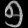
Digit: ၅